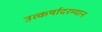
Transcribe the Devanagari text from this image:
उत्कर्षादरम्यान